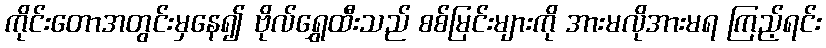
ကိုင်းတောအတွင်းမှနေ၍ ဗိုလ်ရွှေထီးသည် စစ်မြင်းများကို အားမလိုအားမရ ကြည့်ရင်း